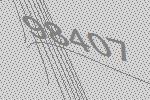
98407